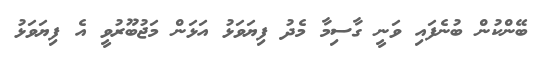
ބޭންކުން ބުނެފައި ވަނީ ގާސިމާ މެދު ފިޔަވަޅު އަޅަން މަޖުބޫރުވީ އެ ފިޔަވަޅު